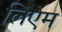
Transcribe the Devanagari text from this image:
लिऐम